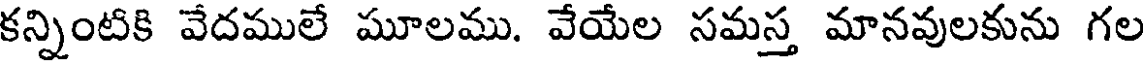
కన్నింటికి వేదములే మూలము. వేయేల సమస్త మానవులకును గల